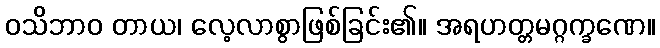
ဝသိဘာဝ တာယ၊ လေ့လာစွာဖြစ်ခြင်း၏။ အရဟတ္တမဂ္ဂက္ခဏေ။